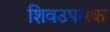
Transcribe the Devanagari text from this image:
शिवउपसक